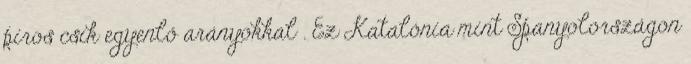
piros csík egyenlő arányokkal . Ez Katalónia mint Spanyolországon